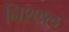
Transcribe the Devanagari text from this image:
निश्छ्ल